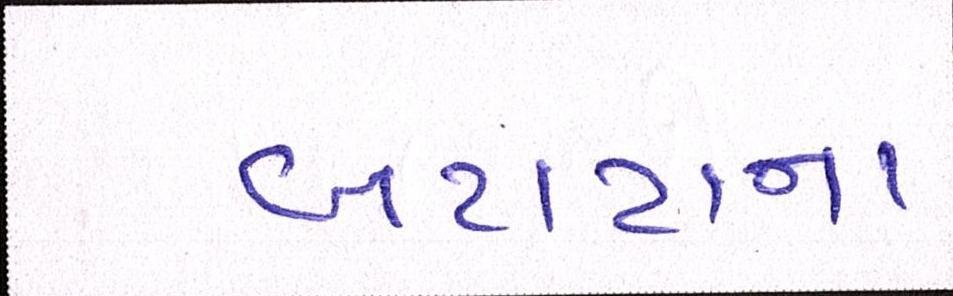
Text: બટાટાના